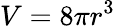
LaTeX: V=8\pi r^{3}